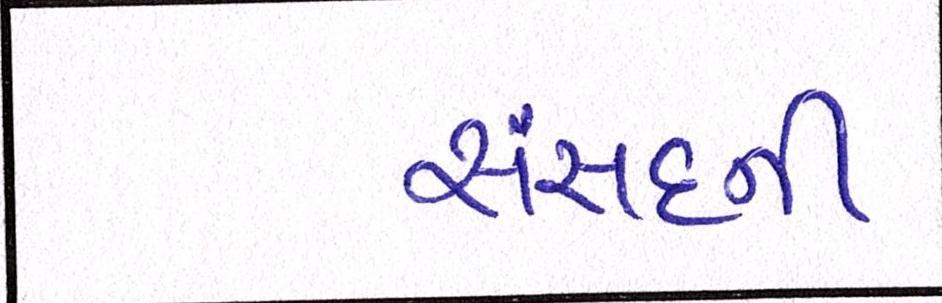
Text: સંસદની